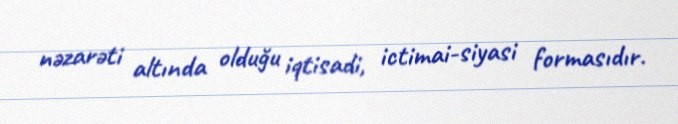
nəzarəti altında olduğu iqtisadi, ictimai-siyasi formasıdır.